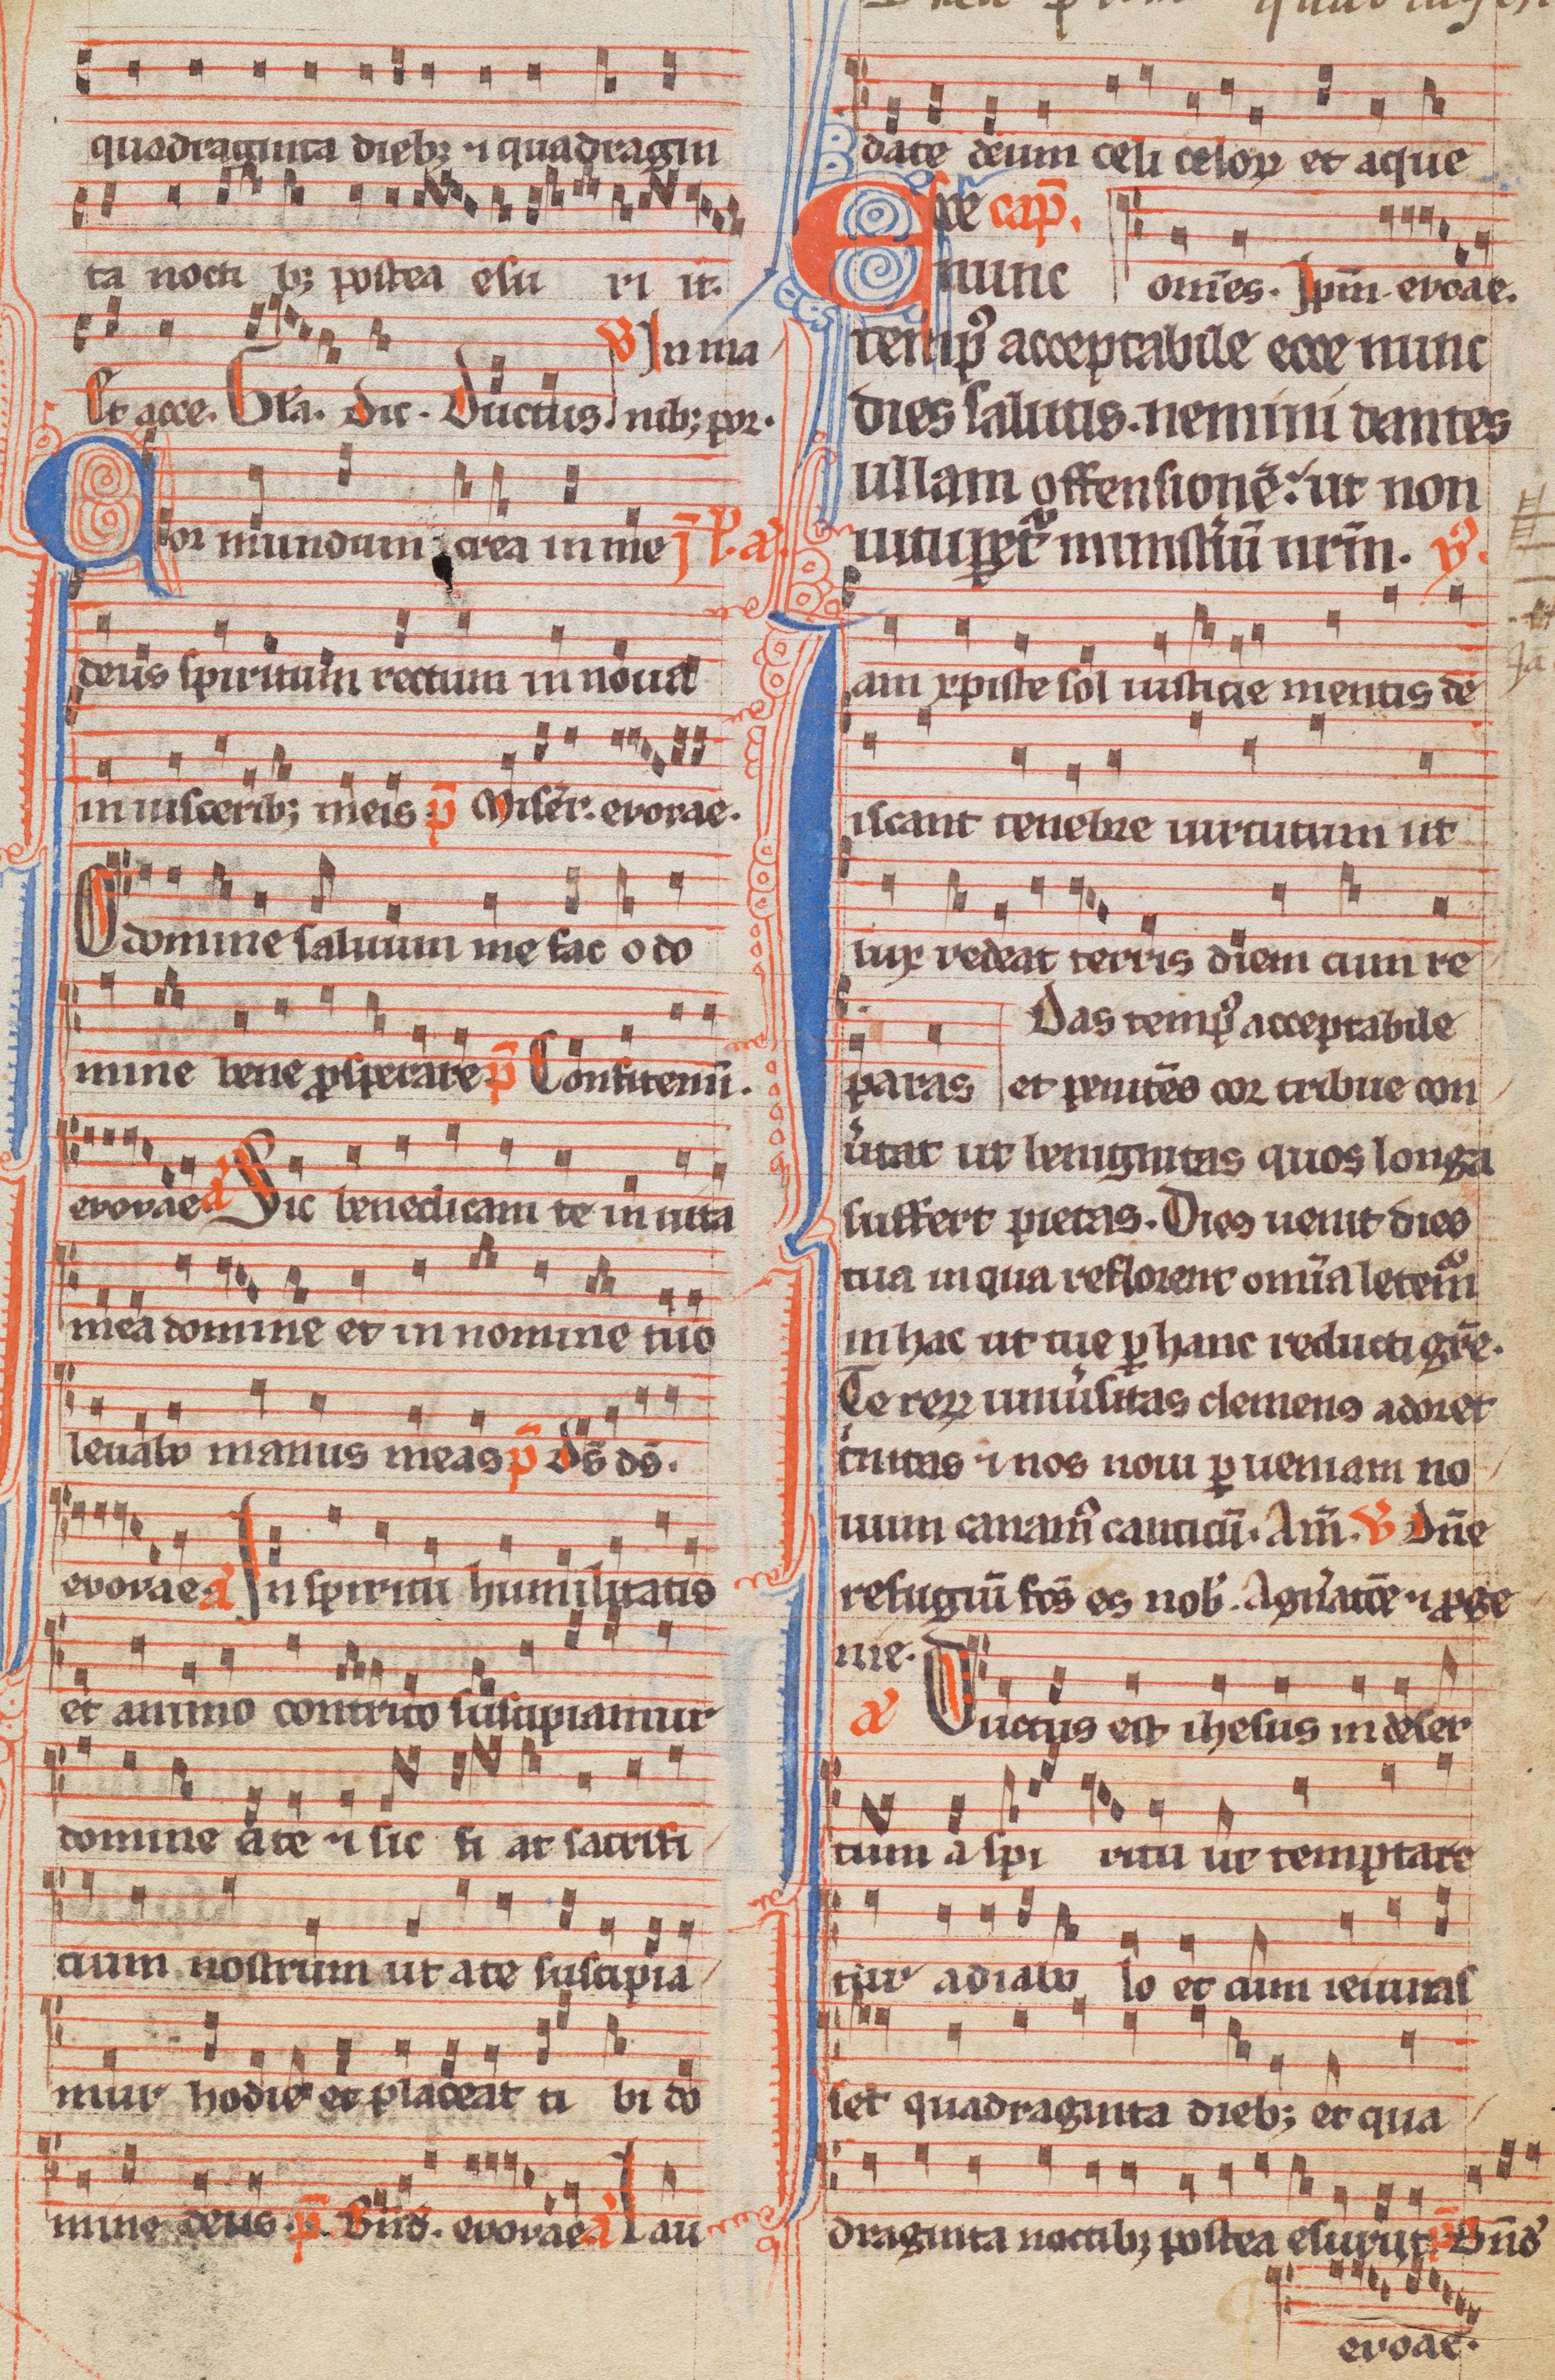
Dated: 1285–1315